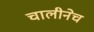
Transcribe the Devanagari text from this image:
चालीनेच